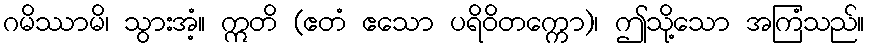
ဂမိဿာမိ၊ သွားအံ့။ ဣတိ (ဧတံ ဧသော ပရိဝိတက္ကော)၊ ဤသို့သော အကြံသည်။